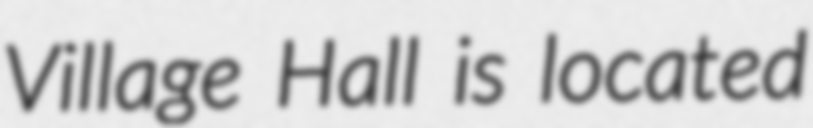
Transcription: Village Hall is located